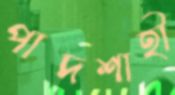
পাদশাহী